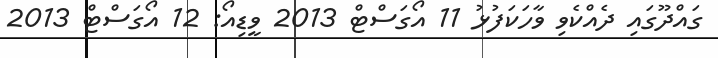
ގައްދޫގައި ދެއްކެވި ވާހަކަފުޅު 11 އޯގަސްޓް 2013 ވީޑިއޯ: 12 އޯގަސްޓް 2013